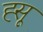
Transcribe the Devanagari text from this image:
ह्सू